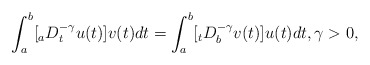
\begin{align*}\int_a^b [_a D_t^{-\gamma}u(t)] v(t) dt = \int_a^b [_t D_b^{-\gamma}v(t)]u(t) dt, \gamma > 0, \end{align*}